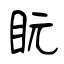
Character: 盶